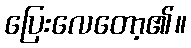
ပြေးလေတော့၏။